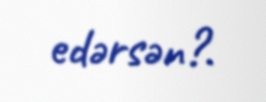
edərsən?.